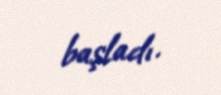
başladı.